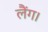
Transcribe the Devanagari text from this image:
लैंग।